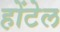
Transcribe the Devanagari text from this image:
होंटेल